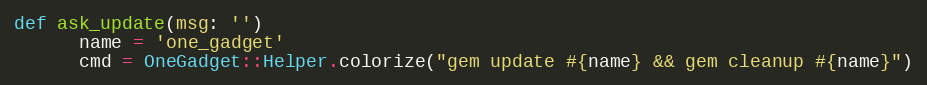
Language: Ruby
def ask_update(msg: '')
      name = 'one_gadget'
      cmd = OneGadget::Helper.colorize("gem update #{name} && gem cleanup #{name}")